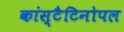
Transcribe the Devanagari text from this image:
कांस्टैटिनोपल